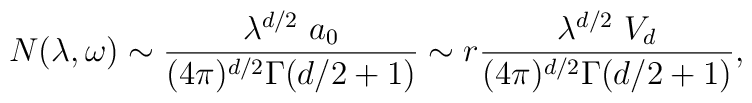
N(\lambda,\omega)\sim {\lambda^{d/2}~ a_0 \over (4\pi)^{d/2} \Gamma(d/2+1)}\sim r{\lambda^{d/2}~ V_d \over (4\pi)^{d/2} \Gamma(d/2+1)},